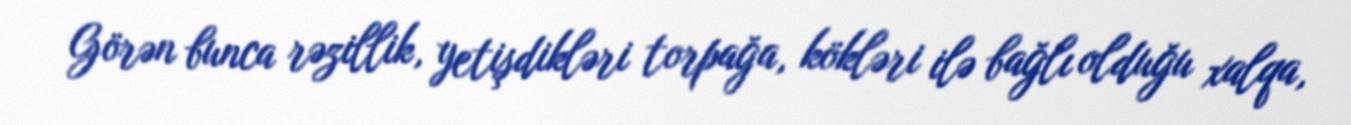
Görən bunca rəzillik, yetişdikləri torpağa, kökləri ilə bağlı olduğu xalqa,